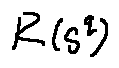
R ( s ^ { q } )